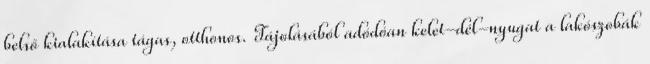
belső kialakítása tágas, otthonos. Tájolásából adódóan kelet-dél-nyugat a lakószobák